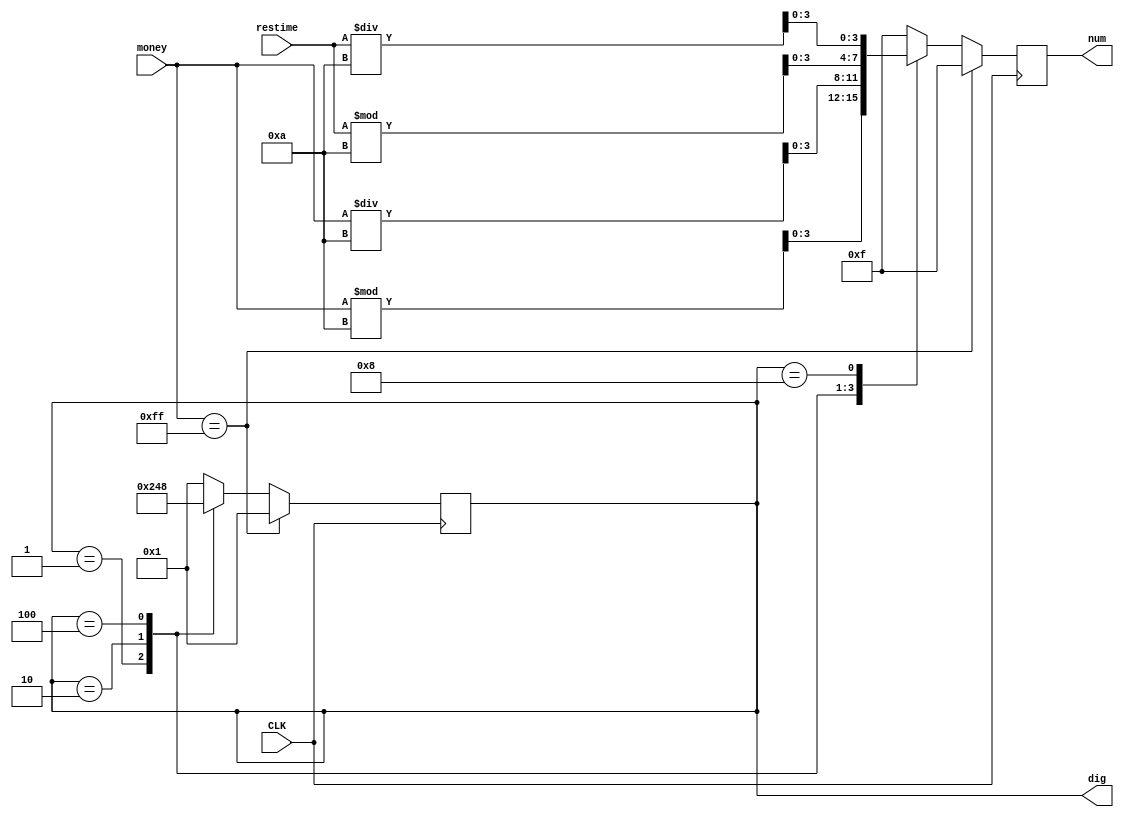
module DigChoose (CLK,money,restime,dig,num);
   input CLK;
	input [7:0] money;
	input [7:0] restime;
	output reg [3:0] dig;
	output reg [3:0] num;
	
	initial
	   dig <= 4'b0001;
	
	always @ (posedge CLK)
	begin
	   if (money == 8'hff)
		begin
		   dig <= 4'b0001;
			num <= 4'b1111;
		end
		else
		begin
		   case(dig)
			   4'b0001:
				begin
					dig <= 4'b0010;
				   num <= money % 10;
				end
				4'b0010:
				begin
					dig <= 4'b0100;
				   num <= money / 10;
				end
				4'b0100:
				begin
					dig <= 4'b1000;
				   num <= restime % 10;
				end
				4'b1000:
				begin
					dig <= 4'b0001;
					num <= restime / 10;
				end
				default
				begin
					dig = 4'b0001;
					num = 4'b1111;
				end
			endcase
		end
	end
endmodule